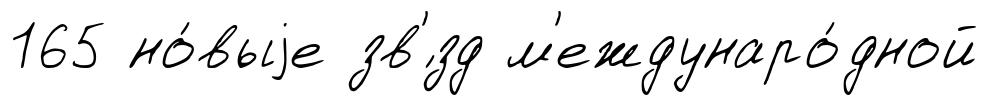
165 но́выjе зв'́зд м'еждунаро́дной